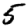
Digit: 5